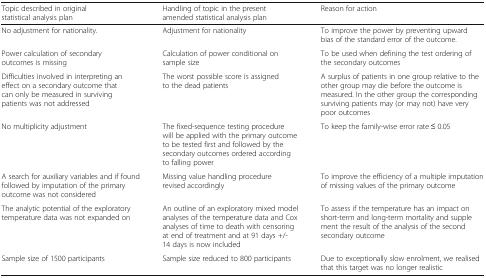
<table><thead><tr><td><b>Topic described in original statistical analysis plan</b></td><td><b>Handling of topic in the present amended statistical analysis plan</b></td><td><b>Reason for action</b></td></tr></thead><tbody><tr><td>No adjustment for nationality.</td><td>Adjustment for nationality</td><td>To improve the power by preventing upward bias of the standard error of the outcome.</td></tr><tr><td>Power calculation of secondary outcomes is missing</td><td>Calculation of power conditional on sample size</td><td>To be used when defining the test ordering of the secondary outcomes</td></tr><tr><td>Difficulties involved in interpreting an effect on a secondary outcome that can only be measured in surviving patients was not addressed</td><td>The worst possible score is assigned to the dead patients</td><td>A surplus of patients in one group relative to the other group may die before the outcome is measured. In the other group the corresponding surviving patients may (or may not) have very poor outcomes</td></tr><tr><td>No multiplicity adjustment</td><td>The fixed-sequence testing procedure will be applied with the primary outcome to be tested first and followed by the secondary outcomes ordered according to falling power</td><td>To keep the family-wise error rate ≤ 0.05</td></tr><tr><td>A search for auxiliary variables and if found followed by imputation of the primary outcome was not considered</td><td>Missing value handling procedure revised accordingly</td><td>To improve the efficiency of a multiple imputation of missing values of the primary outcome</td></tr><tr><td>The analytic potential of the exploratory temperature data was not expanded on</td><td>An outline of an exploratory mixed model analyses of the temperature data and Cox analyses of time to death with censoring at end of treatment and at 91 days +/- 14 days is now included</td><td>To assess if the temperature has an impact on short-term and long-term mortality and supplement the result of the analysis of the second secondary outcome</td></tr><tr><td>Sample size of 1500 participants</td><td>Sample size reduced to 800 participants</td><td>Due to exceptionally slow enrolment, we realised that this target was no longer realistic</td></tr></tbody></table>